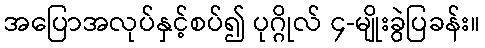
အပြောအလုပ်နှင့်စပ်၍ ပုဂ္ဂိုလ် ၄-မျိုးခွဲပြခန်း။